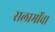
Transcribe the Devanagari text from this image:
सलामींचा